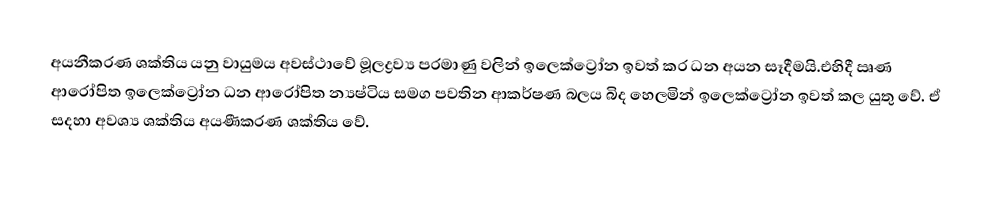
අයනීකරණ ශක්තිය යනු වායුමය අවස්ථාවේ මූලද්‍රව්‍ය පරමාණු වලින් ඉලෙක්ට්‍රෝන ඉවත් කර ධන අයන සෑදීමයි.එහිදී ඍණ ආරෝපිත ඉලෙක්ට්‍රෝන ධන ආරෝපිත න්‍යෂ්ටිය සමග පවතින ආකර්ෂණ බලය බිද හෙලමින් ඉලෙක්ට්‍රෝන ඉවත් කල යුතු වේ. ඒ සදහා අවශ්‍ය ශක්තිය අයණීකරණ ශක්තිය වේ.